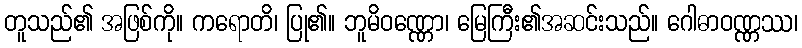
တူသည်၏ အဖြစ်ကို။ ကရောတိ၊ ပြု၏။ ဘူမိဝဏ္ဏော၊ မြေကြီး၏အဆင်းသည်။ ဂေါဓာဝဏ္ဏဿ၊